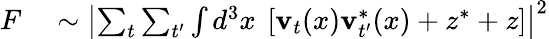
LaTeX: \begin{array}{rl}{F}&{{}\sim\left|\sum_{t}\sum_{t^{\prime}}\int d^{3}x\ \left[\textbf{v}_{t}(x)\textbf{v}_{t^{\prime}}^{*}(x)+z^{*}+z\right]\right|^{2}}\end{array}